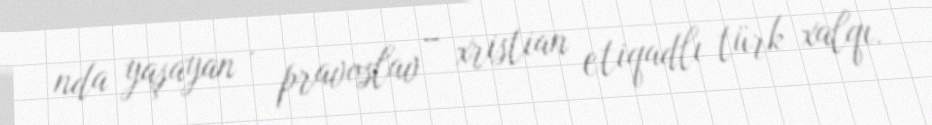
nda yaşayan , pravoslav – xristian etiqadlı türk xalqı.